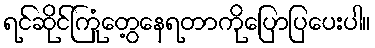
ရင်ဆိုင်ကြုံတွေ့နေရတာကိုပြောပြပေးပါ။